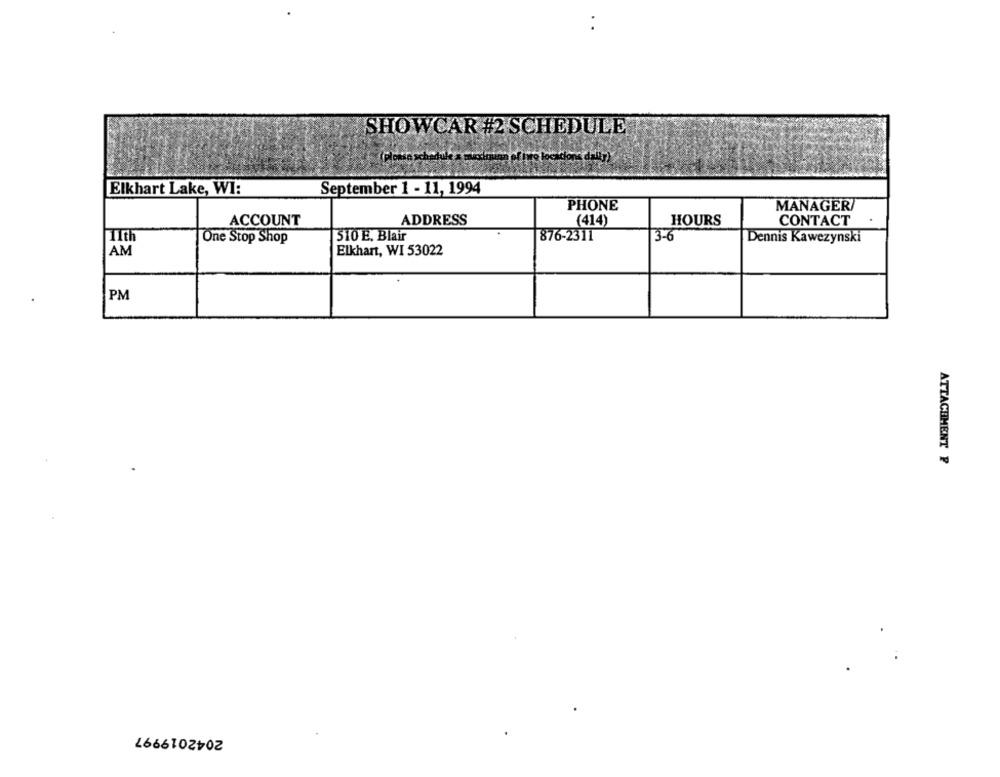
SHOWCAR #2 SCHEDULE
Elkhart Lake, WI:
September 1 - 11, 1994
PHONE
MANAGER
ACCOUNT
ADDRESS
(414)
HOURS
CONTACT
11th
One Stop Shop
510 E. Blair
876-2311
3-6
Dennis Kawczynski
AM
Elkhart, WI 53022
PM
ATTACHMENT P
2042019997